Vaccination in Bombay 1924-1928 - 1924-1928
Year: 1924
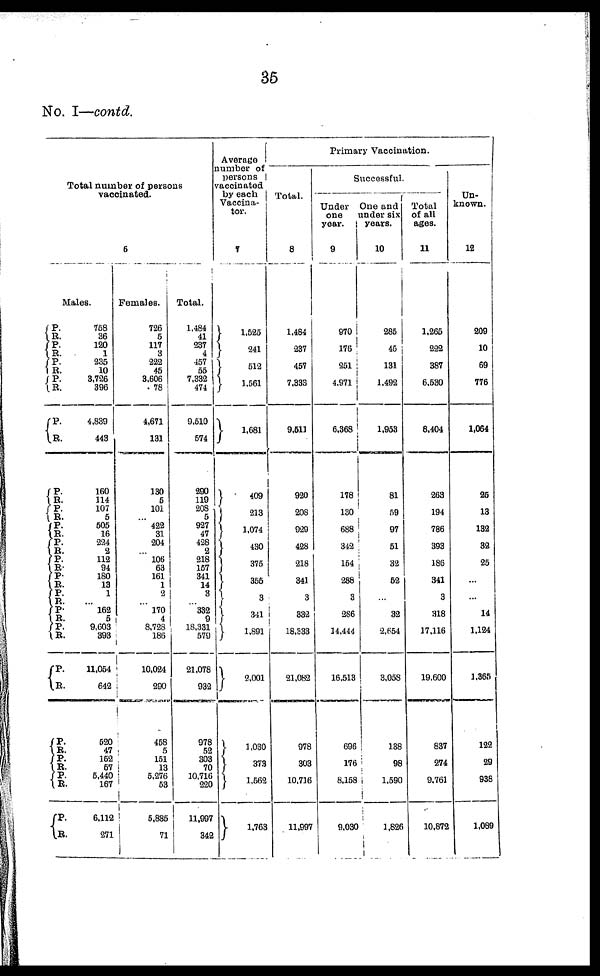
35
No. I—contd.
Total number of persons
vaccinated.
6
Males.
P.
R.
P.
R.
P.
R.
P.
R.
P.
R.
P.
R.
P.
R.
P.
R.
P.
R.
P.
R.
P.
R.
P.
R.
P.
R.
P. R.
P.
R.
P.
R.
P. R.
P. R.
P.
R.
758
36
120
1
235
10
3,726
396
4,839
443
160
114
107
5
505
16
224
2
112
94
180
13
1
...
162
5
9,603
393
11,054
642
520
47
152
57
5,440
167
6,112
271
Females.
726
5
117
3
222
45
3,606
78
4,671
131
130
5
101
...
422
31
204
...
106
63
161
1
2
...
170
4
8,728
186
10,024
290
458
5
151
13
5,276
53
5,885
71
Total.
1,484
41
237
4
457
55
7,332
474
9,510
574
290
119
208
5
927
47
428
2
218
157
341
14
3
... 332
9
18,331
579
21,078
932
978
52
303
70
10,716
220
11,997
342
Average
number of
persons
vaccinated
by each
Vaccina¬
tor.
7
1,525
241
512
1,561
1,681
409
213
1,074
430
375
355
3
341
1,891
2,001
1,030
373
1,562
1,763
Primary Vaccination.
Total.
8
1,484
237
457
7,333
9,511
920
208
929
428
218
341
3
332
18,333
21,082
978
303
10,716
11,997
Successful.
Under
one
year.
9
970
176
251
4,971
6,368
178
130
688
342
154
288
3
286
14,444
16,513
696
176
8,158
9,030
One and
under six
years.
10
285
45
131
1,492
1,953
81
59
97
51
32
52
...
32
2,654
3,058
138
98
1,590
1,826
Total
of all
ages.
11
1,265
222
387
6,530
8,404
263
194
786
393
186
341
3
318
17,116
19,600
837
274
9,761
10,872
Un¬
known.
12
209
10
69
776
1,064
25
13
132
32
25
...
...
14
1,124
1,365
122
29
938
1,089